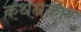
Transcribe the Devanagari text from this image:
कथनकार